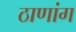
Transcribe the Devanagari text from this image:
ठाणांग